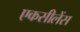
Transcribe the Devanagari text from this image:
एकसीलेंस